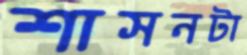
শাসনটা